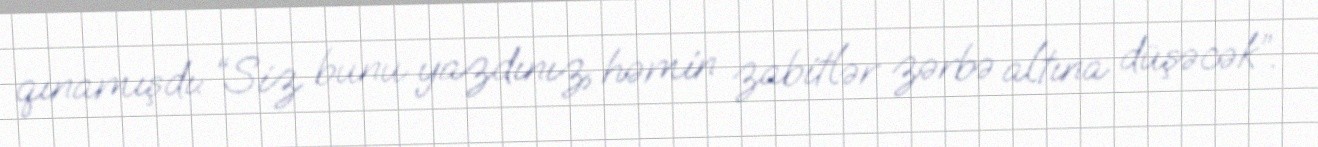
qınamışdı: “Siz bunu yazdınız, həmin zabitlər zərbə altına düşəcək”.